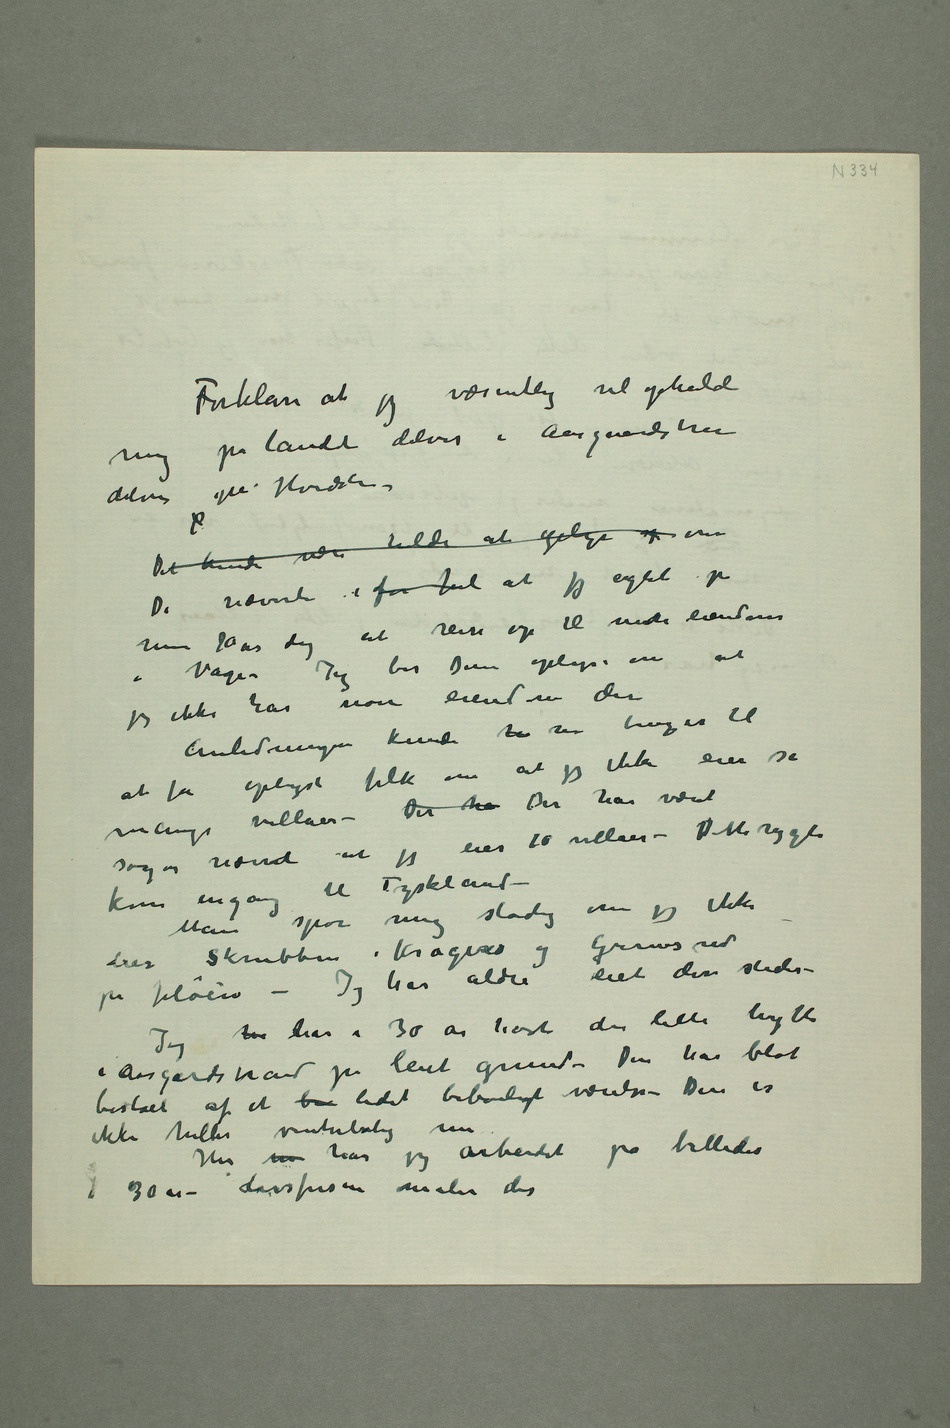
Forklar at jeg væsentlig vil opholde mig
landet delvis i Aasgaardstrand
delvis på Hvidsten – P
De nævnte i før jul at jeg agtet på
min 70 års dag at reise op til
i Våge – Jeg ber Dem oplyse om at
jeg ikke har noen eiendom der
Anledningen kunde k nu bruges til
at få oplyst folk om at jeg ikke eier så mange
villaer – Der ha Der har været sogar
eier 10 villaer – Dette rygte
kom engang
til Tyskland –
Man spør mig stadig om jeg ikke
eier Skrubben i Kragerø og Grimsrud
på Jeløien – Jeg har aldri eiet disse steder –
Jeg ha har i 30 år havt den lille hytte
i Aasgaardstrand på leiet grund – Den har blot
bestået af et be lidet beboeligt værelse – Den er
ikke heller vinterbolig nu
Her m har jeg arbeidet på billeder
i 30 år – Livsfrisen males der